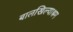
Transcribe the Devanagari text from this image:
बालखिल्याश्रम